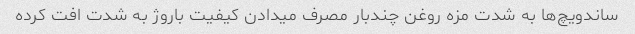
ساندویچ‌ها به شدت مزه روغن چندبار مصرف میدادن کیفیت باروژ به شدت افت کرده